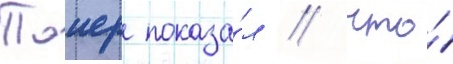
Таиер показа́л / что́